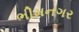
ભીમનગર